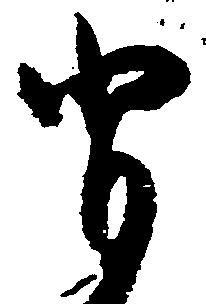
背